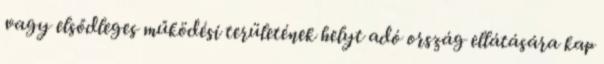
vagy elsődleges működési területének helyt adó ország ellátására kap